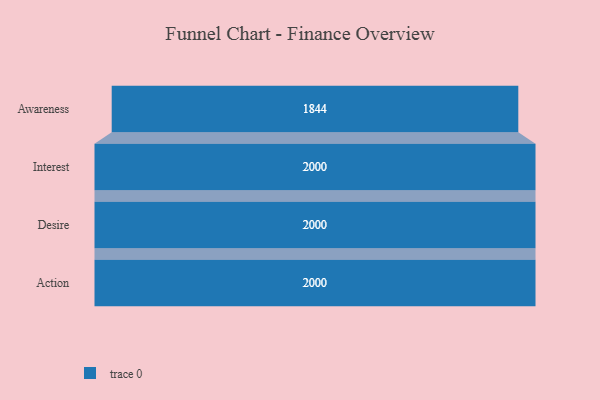
{"axis": {"x": "Stage", "y": "Value"}, "legend": [""], "data": [{"x": "Awareness", "y": 1844.0, "type": ""}, {"x": "Interest", "y": 2000, "type": ""}, {"x": "Desire", "y": 2000, "type": ""}, {"x": "Action", "y": 2000, "type": ""}]}